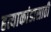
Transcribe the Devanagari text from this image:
हत्याकांडासाठी